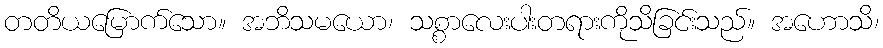
တတိယမြောက်သော။ အဘိသမယော၊ သစ္စာလေးပါးတရားကိုသိခြင်းသည်။ အဟောသိ၊